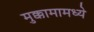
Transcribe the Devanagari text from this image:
मुक्कामामध्ये